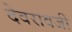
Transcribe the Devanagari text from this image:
देवरावजी